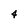
Character: 4